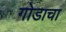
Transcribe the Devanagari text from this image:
गोडाचा